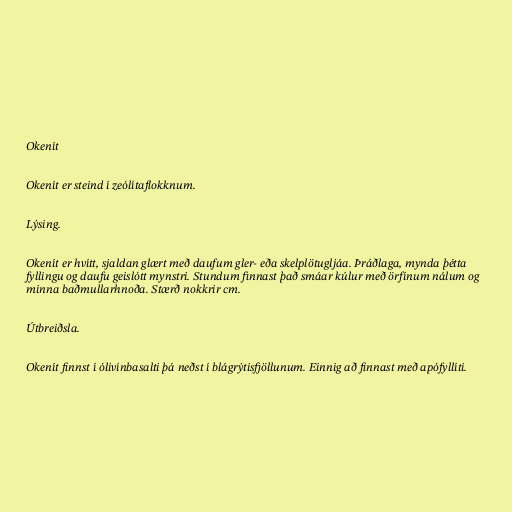
Okenít

Okenít er steind í zeólítaflokknum.

Lýsing.

Okenít er hvítt, sjaldan glært með daufum gler- eða skelplötugljáa. Þráðlaga, mynda þétta
fyllingu og daufu geislótt mynstri. Stundum finnast það smáar kúlur með örfínum nálum og
minna baðmullarhnoða. Stærð nokkrir cm.

Útbreiðsla.

Okenít finnst í ólivínbasalti þá neðst í blágrýtisfjöllunum. Einnig að finnast með apófyllíti.